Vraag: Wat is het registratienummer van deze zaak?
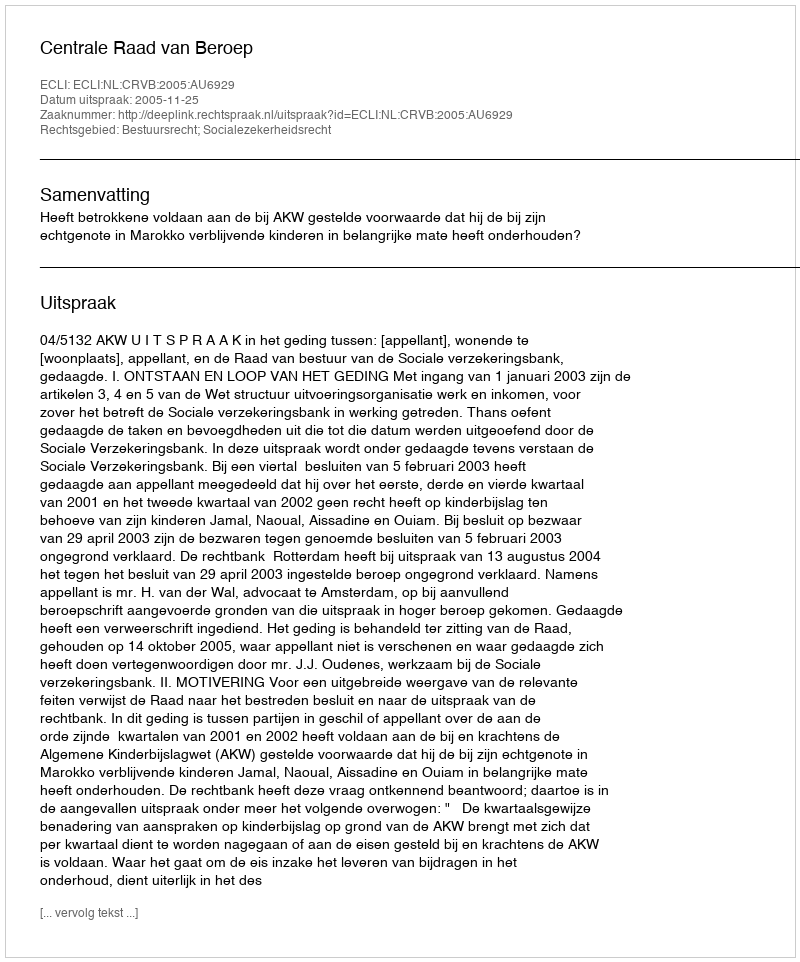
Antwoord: http://deeplink.rechtspraak.nl/uitspraak?id=ECLI:NL:CRVB:2005:AU6929